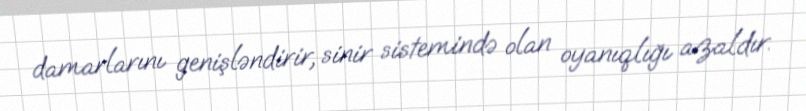
damarlarını genişləndirir, sinir sistemində olan oyanıqlığı azaldır.